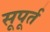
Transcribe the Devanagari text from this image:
सूपूर्त